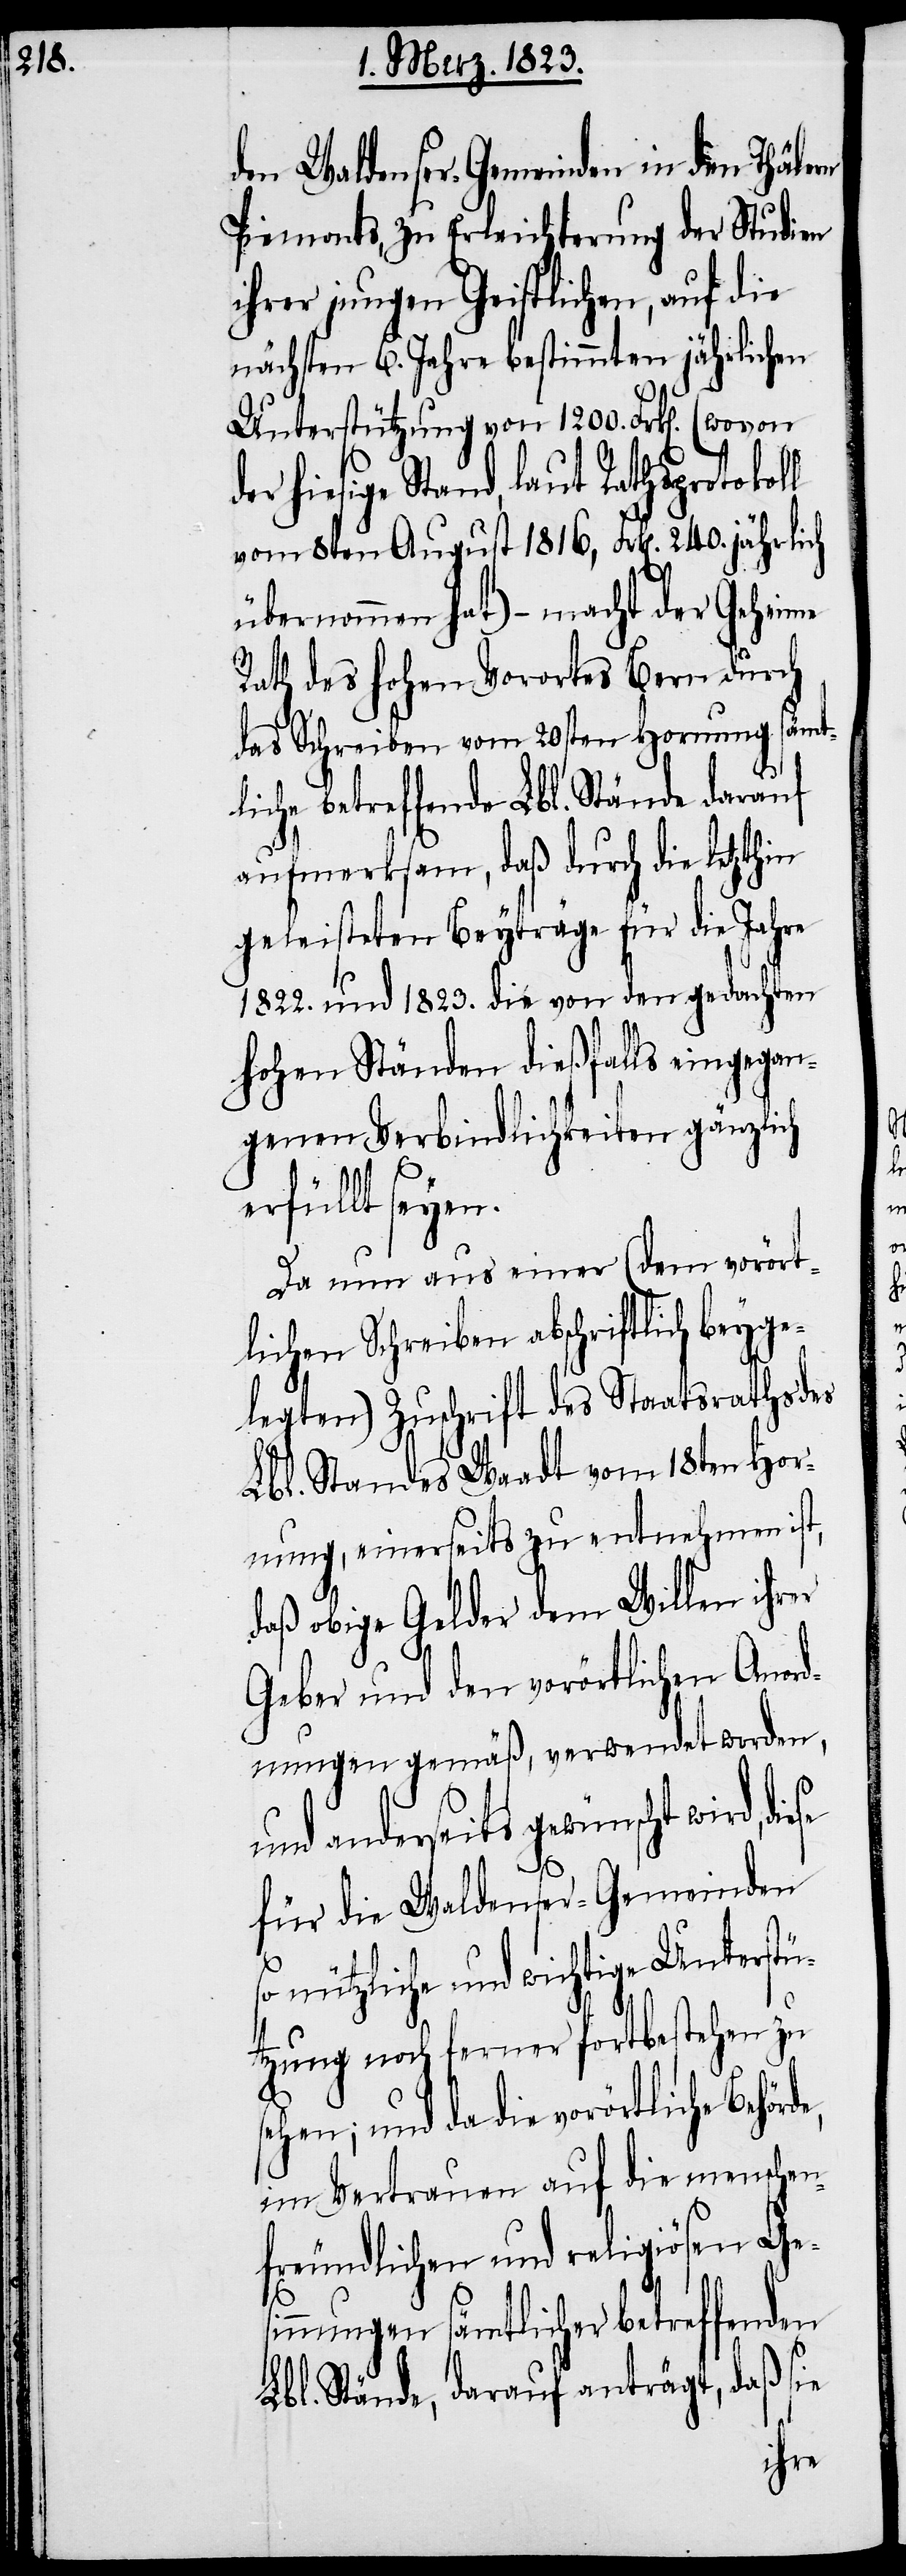
den Waldenser-Gemeinden in den Thälern
Piemonts, zu Erleichterung der Studien
ihrer jungen Geistlichen, auf die
nächsten 6. Jahre bestimmten jährlichen
Unterstützung von 1200. Frk[en].
der hiesige Stand, laut Rathsprotokoll
vom 8ten August 1816, Frk[en]. 240. jährlich
übernommen hat) – macht der Geheime
Rath des hohen Vorortes Bern durch
das Schreiben vom 20sten Hornung sämt¬
liche betreffende Lbl. Stände darauf
aufmerksam, daß durch die letzthin
geleisteten Beyträge für die Jahre
1822. und 1823. die von den gedachten
hohen Ständen dießfalls eingegan¬
genen Verbindlichkeiten gänzlich
erfüllt seyen.
Da nun aus einer (dem vorört¬
lichen Schreiben abschriftlich beyge¬
legten) Zuschrift des Staatsraths des
Lbl. Standes Waadt vom 18ten Hor¬
nung, einerseits zu entnehmen ist,
daß obige Gelder dem Willen ihrer
Geber und den vorörtlichen Anord¬
nungen gemäß, verwendet worden,
und anderseits gewünscht wird,
für die Waldenser-Gemeinden
so nützliche und wichtige Unterstü¬
tzung noch ferner fortbestehen zu
sehen; und da die vorörtliche Behörde,
im Vertrauen auf die menschen¬
freundlichen und religiösen Ge¬
sinnungen sämtlicher betreffenden
Lbl. Stände, darauf anträgt, daß sie